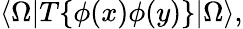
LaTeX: \langle\Omega|T\{ \phi(x)\phi(y)\} |\Omega\rangle,